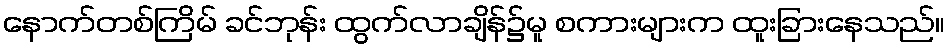
နောက်တစ်ကြိမ် ခင်ဘုန်း ထွက်လာချိန်၌မူ စကားများက ထူးခြားနေသည်။